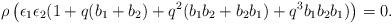
LaTeX: \begin{align*}\rho \left(\epsilon_1\epsilon_2 (1 + q( b_1 +b_2) + q^2 (b_1b_2 + b_2 b_1) + q^3 b_1 b_2 b_1 )\right) =0 .\end{align*}